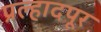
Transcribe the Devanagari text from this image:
प्रल्हादपूर